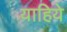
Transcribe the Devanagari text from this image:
याहिये